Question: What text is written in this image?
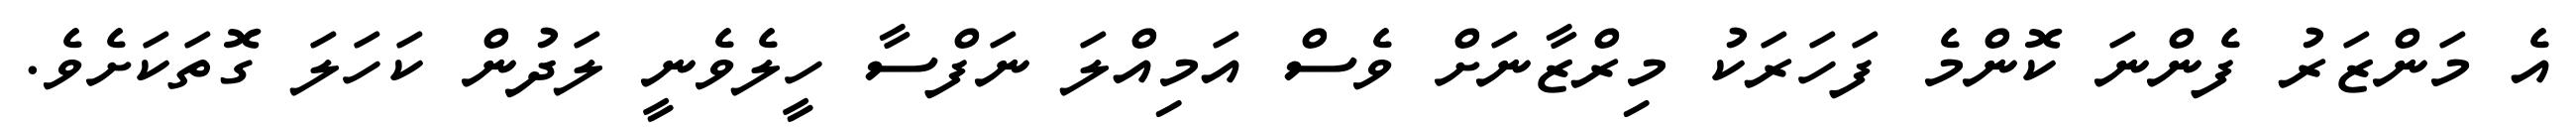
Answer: އެ މަންޒަރު ފެންނަ ކޮންމެ ފަހަރަކު މިރްޒާނަށް ވެސް އަމިއްލަ ނަފްސާ ހީލެވެނީ ލަދުން ކަހަލަ ގޮތަކަށެވެ.